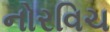
નોરવિચ